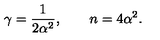
\gamma = \frac { 1 } { 2 \alpha ^ { 2 } } , \qquad n = 4 \alpha ^ { 2 } .